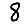
Digit: 8